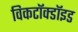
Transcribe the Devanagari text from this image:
विकटॉक्डॉइड